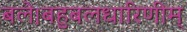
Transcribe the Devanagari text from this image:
बले।बहुबलधारिणीम्